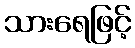
သားရေဖြင့်